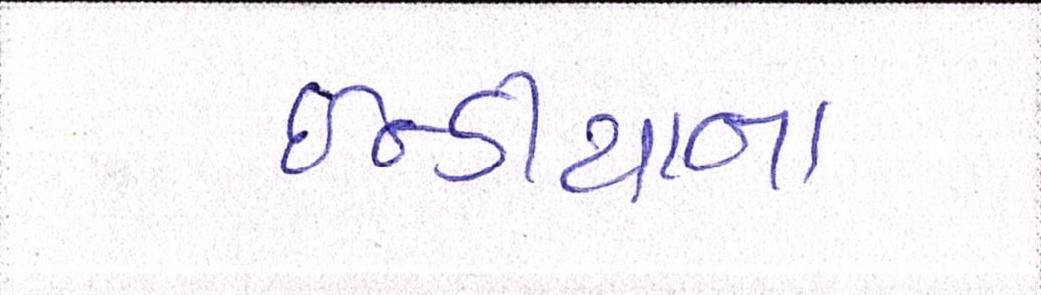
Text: ઇન્ડીયાના